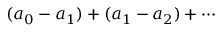
( a _ { 0 } - a _ { 1 } ) + ( a _ { 1 } - a _ { 2 } ) + \cdots